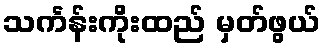
သင်္ကန်းကိုးထည် မှတ်ဖွယ်